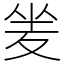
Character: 夎